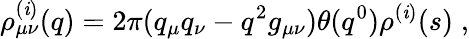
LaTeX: \rho_{\mu\nu}^{(\mathit{i})}(q)=2\pi(q_{\mu}q_{\nu}-q^{2}g_{\mu\nu})\theta(q^{0})\rho^{(\mathit{i})}(s)\; ,